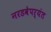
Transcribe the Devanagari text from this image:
नरडवेपर्यंत